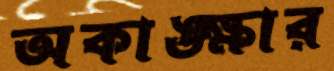
অকাঙ্ক্ষার